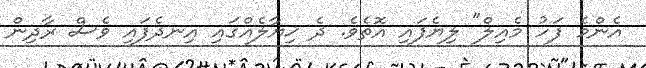
އެންމެ ފަހު މެއިލް" ލިޔެފައި އޮތެވެ. ދެ ޚިޔާލެއްގައި އިނދެފައި ވެސް ރާދިން